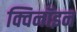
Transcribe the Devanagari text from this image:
क्विनॉइन